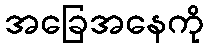
အခြေအနေကို